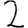
Digit: 2